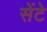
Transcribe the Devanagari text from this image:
सेंटे